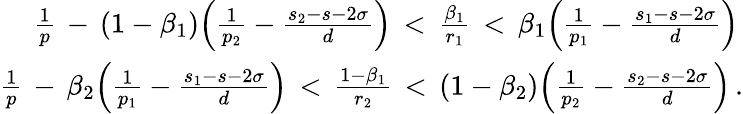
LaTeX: \begin{array}{r}{\frac 1p\, -\, (1-\beta_{1})\Big(\frac 1{p_{2}}-\frac{s_{2}-s-2\sigma}d\Big)\, <\, \frac{\beta_{1}}{r_{1}}\, <\, \beta_{1}\Big(\frac 1{p_{1}}-\frac{s_{1}-s-2\sigma}d\Big)\, }\\ {\frac 1p\, -\, \beta_{2}\Big(\frac 1{p_{1}}-\frac{s_{1}-s-2\sigma}d\Big)\, <\, \frac{1-\beta_{1}}{r_{2}}\, <\, (1-\beta_{2})\Big(\frac 1{p_{2}}-\frac{s_{2}-s-2\sigma}d\Big)\, .}\end{array}